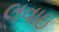
લવાઇ